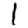
Digit: 1